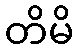
တိမိ